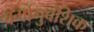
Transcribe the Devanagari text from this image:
वर्गानुवंशिक